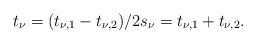
LaTeX: \begin{align*}t_{\nu} = (t_{\nu,1}-t_{\nu,2})/2 s_{\nu} = t_{\nu,1}+t_{\nu,2}.\end{align*}